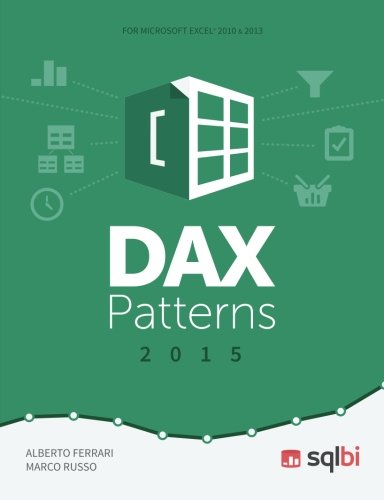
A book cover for DAX Patterns 2015; Marco Russo; Computers & Technology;